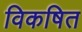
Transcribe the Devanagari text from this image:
विकषित